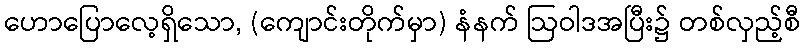
ဟောပြောလေ့ရှိသော, (ကျောင်းတိုက်မှာ) နံနက် ဩဝါဒအပြီး၌ တစ်လှည့်စီ